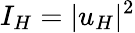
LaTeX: I_{H}=|u_{H}|^{2}